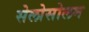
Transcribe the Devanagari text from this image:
सेलोसोलम